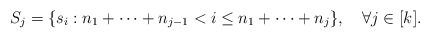
LaTeX: \begin{align*}S_j=\{s_i: n_1+\cdots+n_{j-1}<i\leq n_1+\cdots+n_j\},\quad\forall j\in[k].\end{align*}